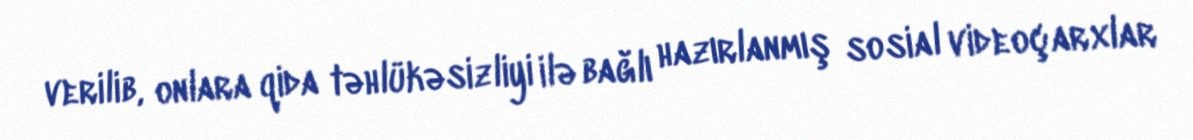
verilib, onlara qida təhlükəsizliyi ilə bağlı hazırlanmış sosial videoçarxlar